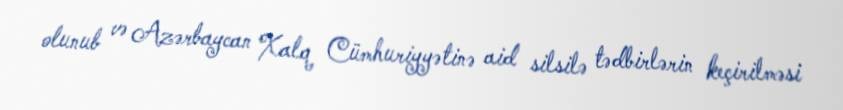
olunub və Azərbaycan Xalq Cümhuriyyətinə aid silsilə tədbirlərin keçirilməsi